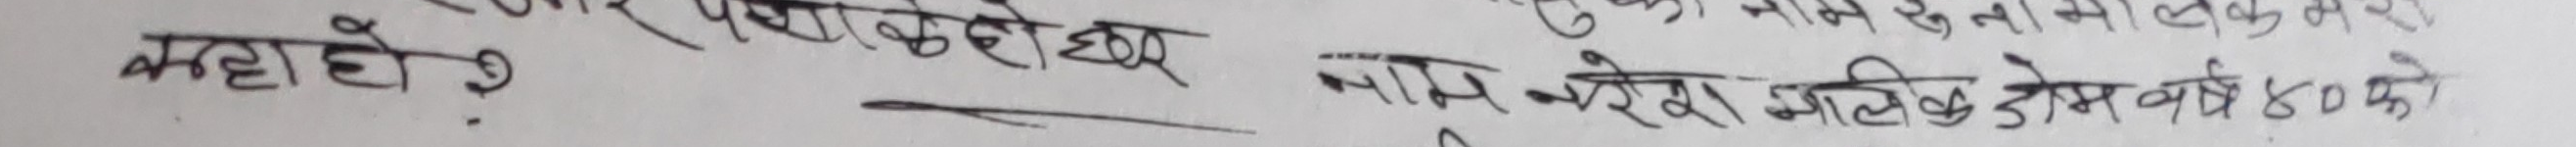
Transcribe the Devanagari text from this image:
लग्दा हो ?